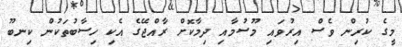
މީގެ ކުރިން ވެސް އިރުވައި މޫސުމާއި ދިމާކޮށް ރާއްޖޭގެ އެކި ހިސާބުތަކުން ކިނބޫ